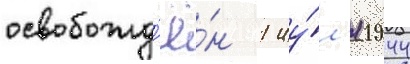
освобожд'ё́н 1 иу́л'я 1944